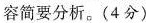
容简要分析。(4分)